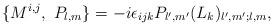
LaTeX: \begin{align*}\{ M^{i,j},\ P_{l,m}\} = -i\epsilon_{ijk}P_{l^{\prime},m^{\prime}} (L_k)_{l^{\prime},m^{\prime};l,m},\end{align*}